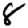
Digit: 8